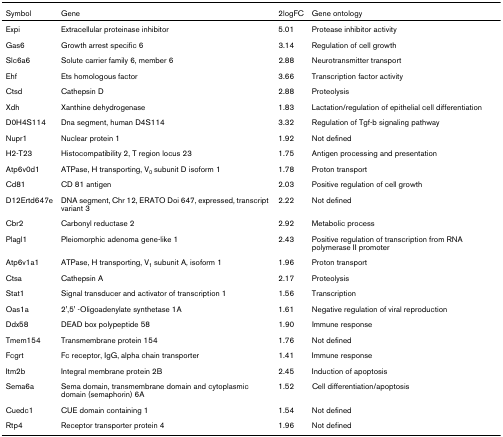
<table><thead><tr><td><b>Symbol</b></td><td><b>Gene</b></td><td><b>2logFC</b></td><td><b>Gene ontology</b></td></tr></thead><tbody><tr><td>Expi</td><td>Extracellular proteinase inhibitor</td><td>5.01</td><td>Protease inhibitor activity</td></tr><tr><td>Gas6</td><td>Growth arrest specific 6</td><td>3.14</td><td>Regulation of cell growth</td></tr><tr><td>Slc6a6</td><td>Solute carrier family 6, member 6</td><td>2.88</td><td>Neurotransmitter transport</td></tr><tr><td>Ehf</td><td>Ets homologous factor</td><td>3.66</td><td>Transcription factor activity</td></tr><tr><td>Ctsd</td><td>Cathepsin D</td><td>2.88</td><td>Proteolysis</td></tr><tr><td>Xdh</td><td>Xanthine dehydrogenase</td><td>1.83</td><td>Lactation/regulation of epithelial cell differentiation</td></tr><tr><td>D0H4S114</td><td>Dna segment, human D4S114</td><td>3.32</td><td>Regulation of Tgf-b signaling pathway</td></tr><tr><td>Nupr1</td><td>Nuclear protein 1</td><td>1.92</td><td>Not defined</td></tr><tr><td>H2-T23</td><td>Histocompatibility 2, T region locus 23</td><td>1.75</td><td>Antigen processing and presentation</td></tr><tr><td>Atp6v0d1</td><td>ATPase, H transporting, V<sub>0 </sub>subunit D isoform 1</td><td>1.78</td><td>Proton transport</td></tr><tr><td>Cd81</td><td>CD 81 antigen</td><td>2.03</td><td>Positive regulation of cell growth</td></tr><tr><td>D12Ertd647e</td><td>DNA segment, Chr 12, ERATO Doi 647, expressed, transcript variant 3</td><td>2.22</td><td>Not defined</td></tr><tr><td>Cbr2</td><td>Carbonyl reductase 2</td><td>2.92</td><td>Metabolic process</td></tr><tr><td>Plagl1</td><td>Pleiomorphic adenoma gene-like 1</td><td>2.43</td><td>Positive regulation of transcription from RNA polymerase II promoter</td></tr><tr><td>Atp6v1a1</td><td>ATPase, H transporting, V<sub>1 </sub>subunit A, isoform 1</td><td>1.96</td><td>Proton transport</td></tr><tr><td>Ctsa</td><td>Cathepsin A</td><td>2.17</td><td>Proteolysis</td></tr><tr><td>Stat1</td><td>Signal transducer and activator of transcription 1</td><td>1.56</td><td>Transcription</td></tr><tr><td>Oas1a</td><td>2&#x27;,5&#x27; -Oligoadenylate synthetase 1A</td><td>1.61</td><td>Negative regulation of viral reproduction</td></tr><tr><td>Ddx58</td><td>DEAD box polypeptide 58</td><td>1.90</td><td>Immune response</td></tr><tr><td>Tmem154</td><td>Transmembrane protein 154</td><td>1.76</td><td>Not defined</td></tr><tr><td>Fcgrt</td><td>Fc receptor, IgG, alpha chain transporter</td><td>1.41</td><td>Immune response</td></tr><tr><td>Itm2b</td><td>Integral membrane protein 2B</td><td>2.45</td><td>Induction of apoptosis</td></tr><tr><td>Sema6a</td><td>Sema domain, transmembrane domain and cytoplasmic domain (semaphorin) 6A</td><td>1.52</td><td>Cell differentiation/apoptosis</td></tr><tr><td>Cuedc1</td><td>CUE domain containing 1</td><td>1.54</td><td>Not defined</td></tr><tr><td>Rtp4</td><td>Receptor transporter protein 4</td><td>1.96</td><td>Not defined</td></tr></tbody></table>